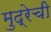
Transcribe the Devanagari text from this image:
मुद्रेची